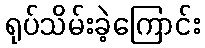
ရုပ်သိမ်းခဲ့ကြောင်း